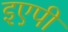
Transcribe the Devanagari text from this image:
इएपी